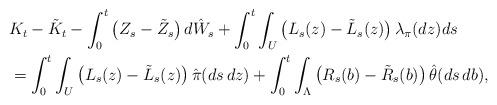
LaTeX: \begin{align*}&K_t - \tilde K_t - \int_0^t \big(Z_s - \tilde Z_s\big)\,d\hat W_s + \int_0^t\int_U \big(L_s(z) - \tilde L_s(z)\big)\,\lambda_\pi(dz)ds\\&= \int_0^t\int_U \big(L_s(z) - \tilde L_s(z)\big)\,\hat\pi(ds\,dz) + \int_0^t\int_\Lambda \big(R_s(b) - \tilde R_s(b)\big)\,\hat\theta(ds\,db),\end{align*}